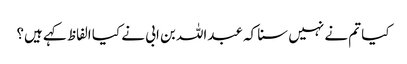
کیا تم نے نہیں سنا کہ عبداللہ بن ابی نے کیا الفاظ کہے ہیں؟